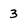
Character: 3